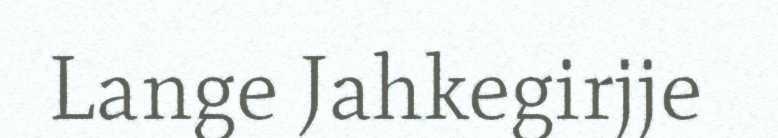
Lange Jahkegirjje